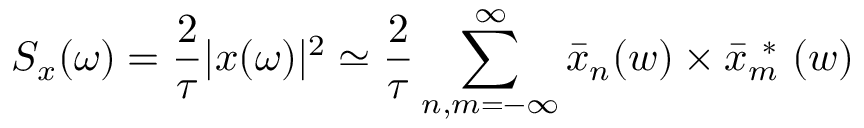
S _ { x } ( \omega ) = \frac { 2 } { \tau } | x ( \omega ) | ^ { 2 } \simeq \frac { 2 } { \tau } \sum _ { n , m = - \infty } ^ { \infty } \bar { x } _ { n } ( w ) \times \bar { x } _ { m } ^ { \mathrm { ~ * ~ } } ( w )